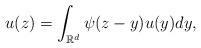
LaTeX: \begin{align*}u(z) = \int_{\mathbb R^d} \psi(z-y) u(y) dy,\end{align*}